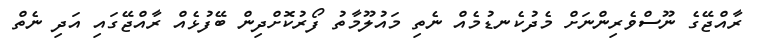
ރާއްޖޭގެ ނޫސްވެރިންނަށް މެދުކެނޑުމެއް ނެތި މައުލޫމާތު ފޯރުކޮށްދިން ބޭފުޅެއް ރާއްޖޭގައި އަދި ނެތް